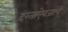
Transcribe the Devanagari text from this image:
दस्ताऐवजांचे